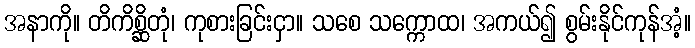
အနာကို။ တိကိစ္ဆိတုံ၊ ကုစားခြင်းငှာ။ သစေ သက္ကောထ၊ အကယ်၍ စွမ်းနိုင်ကုန်အံ့။